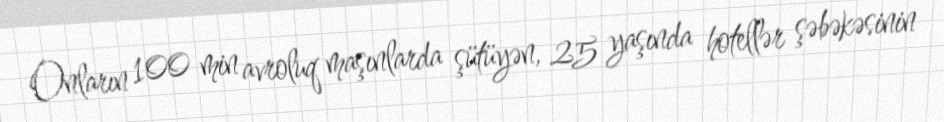
Onların 100 min avroluq maşınlarda şütüyən, 25 yaşında hotellər şəbəkəsinin